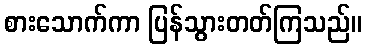
စားသောက်ကာ ပြန်သွားတတ်ကြသည်။